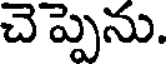
చెప్పెను.